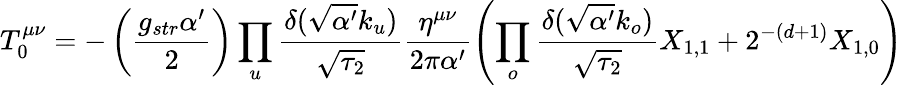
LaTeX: T_{0}^{\mu\nu}=-\left(\frac{g_{str}\alpha^{\prime}}{2}\right)\prod_{u}\frac{\delta(\sqrt{\alpha^{\prime}}k_{u})}{\sqrt{\tau_{2}}}\frac{\eta^{\mu\nu}}{2\pi\alpha^{\prime}}\left(\prod_{o}\frac{\delta(\sqrt{\alpha^{\prime}}k_{o})}{\sqrt{\tau_{2}}}X_{1,1}+2^{-(d+1)}X_{1,0}\right)